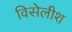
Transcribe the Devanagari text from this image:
विसेलीश